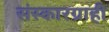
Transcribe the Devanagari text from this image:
संस्कारग्राही